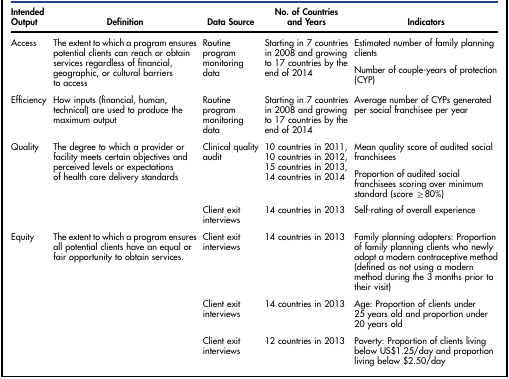
| Intended Output | Definition | Data Source | No. of Countries and Years | Indicators |
 | --- | --- | --- | --- | --- |
 | <ROWSPAN=2> Access | <ROWSPAN=2> The extent to which a program ensures potential clients can reach or obtain services regardless of financial, geographic, or cultural barriers to access | <ROWSPAN=2> Routine program monitoring data | <ROWSPAN=2> Starting in 7 countries in 2008 and growing to 17 countries by the end of 2014 | Estimated number of family planning clients |
 | Number of couple-years of protection (CYP) |
 | Efficiency | How inputs (financial, human, technical) are used to produce the maximum output | Routine program monitoring data | Starting in 7 countries in 2008 and growing to 17 countries by the end of 2014 | Average number of CYPs generated per social franchisee per year |
 | <ROWSPAN=3> Quality | <ROWSPAN=3> The degree to which a provider or facility meets certain objectives and perceived levels or expectations of health care delivery standards | Clinical quality audit | <ROWSPAN=2> 10 countries in 2011,10 countries in 2012,15 countries in 2013,14 countries in 2014 | Mean quality score of audited social franchisees |
 |  | Proportion of audited social franchisees scoring over minimum standard (score ≥80%) |
 | Client exit interviews | 14 countries in 2013 | Self-rating of overall experience |
 | <ROWSPAN=3> Equity | <ROWSPAN=3> The extent to which a program ensures all potential clients have an equal or fair opportunity to obtain services. | Client exit interviews | 14 countries in 2013 | Family planning adopters: Proportion of family planning clients who newly adopt a modern contraceptive method (defined as not using a modern method during the 3 months prior to their visit) |
 | Client exit interviews | 14 countries in 2013 | Age: Proportion of clients under 25 years old and proportion under 20 years old |
 | Client exit interviews | 12 countries in 2013 | Poverty: Proportion of clients living below US$1.25/day and proportion living below $2.50/day |